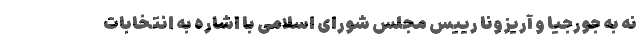
نه به جورجیا و آریزونا رییس مجلس شورای اسلامی با اشاره به انتخابات